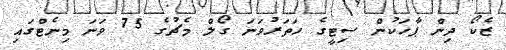
ޒެކޯ ދިން ޕާހަކުން ސިޓީގެ ހަތަރުވަނަ ގޯލް މެޗުގެ 75 ވަނަ މިނެޓްގައި